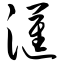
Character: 汇